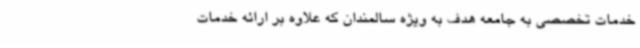
خدمات تخصصی به جامعه هدف به ویژه سالمندان که علاوه بر ارائه خدمات